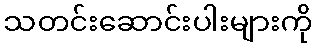
သတင်းဆောင်းပါးများကို